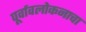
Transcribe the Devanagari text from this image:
पूर्वावलोकनाचा